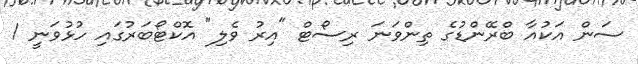
ސަން އަކުއާ ބްރޭންޑުގެ ތިންވަނަ ރިސޯޓް "އިރު ވެލި" އޮކްޓޯބަރުގައި ހުޅުވަނީ 1